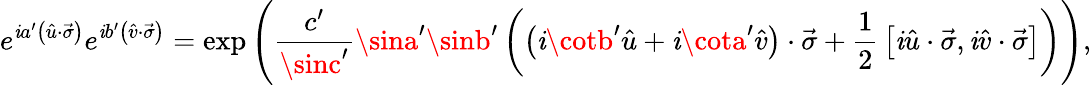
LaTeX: e^{\mathit{i}a^{\prime}\left({\hat{{u}}}\cdot{\vec{{\sigma}}}\right)}e^{\mathit{i}b^{\prime}\left({\hat{{v}}}\cdot{\vec{{\sigma}}}\right)}=\exp\left({\frac{{c^{\prime}}}{{\sinc^{\prime}}}}\sina^{\prime}\sinb^{\prime}\left(\left(\mathit{i}\cotb^{\prime}{\hat{{u}}}+\mathit{i}\cota^{\prime}{\hat{{v}}}\right)\cdot{\vec{{\sigma}}}+{\frac{{1}}{{2}}}\left[\mathit{i}{\hat{{u}}}\cdot{\vec{{\sigma}}},\mathit{i}{\hat{{v}}}\cdot{\vec{{\sigma}}}\right]\right)\right),